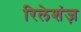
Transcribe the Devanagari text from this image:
रिलेशंज़